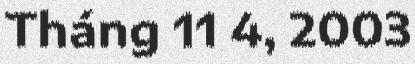
Tháng 11 4, 2003